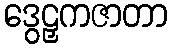
ဒွေဠှကဇာတာ